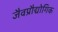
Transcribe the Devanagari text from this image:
जैवप्रौद्योगिक